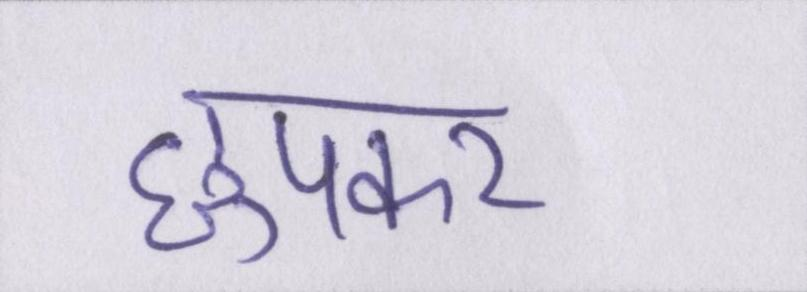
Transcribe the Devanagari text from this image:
छुपकर